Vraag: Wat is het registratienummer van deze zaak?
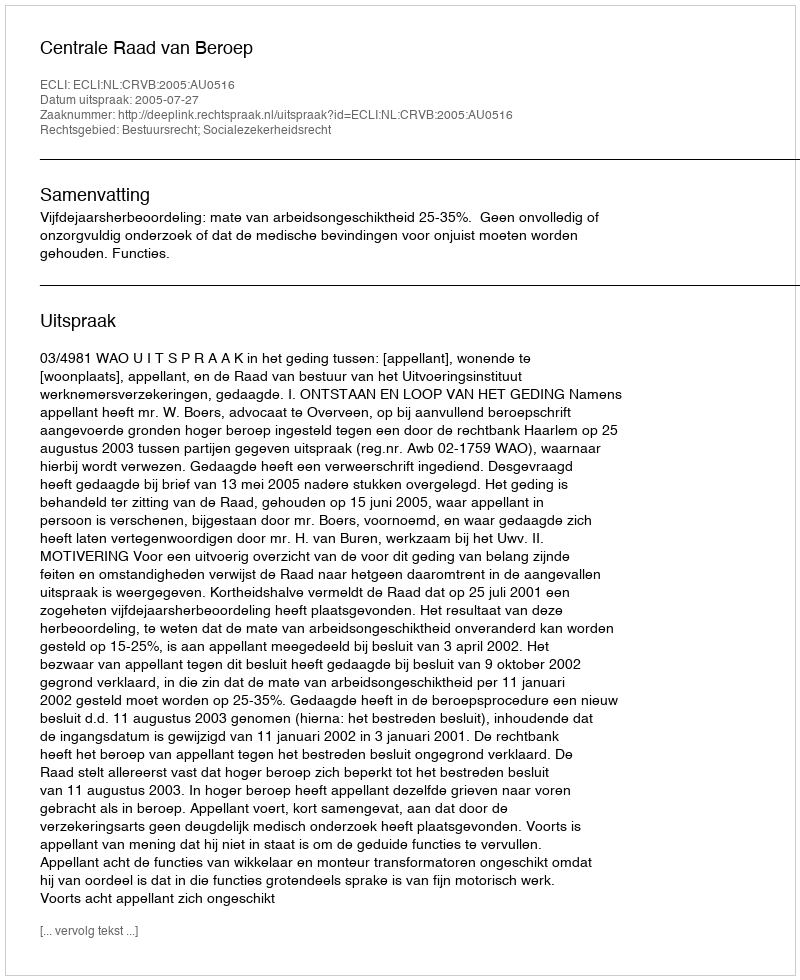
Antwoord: http://deeplink.rechtspraak.nl/uitspraak?id=ECLI:NL:CRVB:2005:AU0516